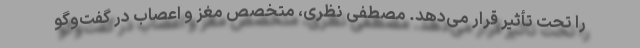
را تحت تأثیر قرار می‌دهد. مصطفی نظری، متخصص مغز و اعصاب در گفت‌وگو